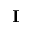
{ \bf I }